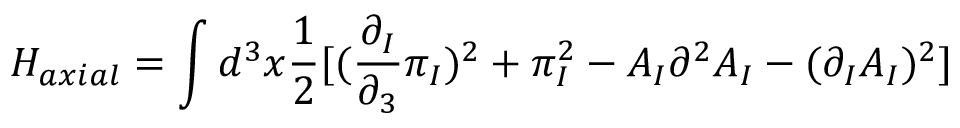
H _ { a x i a l } = \int d ^ { 3 } x \frac { 1 } { 2 } [ ( \frac { \partial _ { I } } { \partial _ { 3 } } \pi _ { I } ) ^ { 2 } + \pi _ { I } ^ { 2 } - A _ { I } \partial ^ { 2 } A _ { I } - ( \partial _ { I } A _ { I } ) ^ { 2 } ]